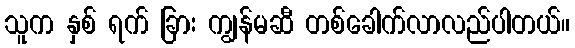
သူက နှစ် ရက် ခြား ကျွန်မဆီ တစ်ခေါက်လာလည်ပါတယ်။